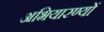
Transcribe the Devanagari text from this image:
अभियारण्यों